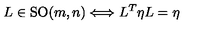
L \in \mathrm { S O } ( m , n ) \Longleftrightarrow L ^ { T } \eta L = \eta